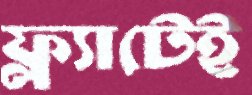
ফ্ল্যাটেই